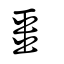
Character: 畕